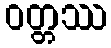
ဝတ္တဿ